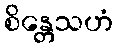
စိန္တေသဟံ